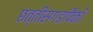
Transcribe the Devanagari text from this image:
छत्तीसगडांपैकी